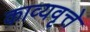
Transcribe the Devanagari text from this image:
काव्यवृत्ते